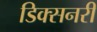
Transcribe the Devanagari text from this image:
डिक्सनरी